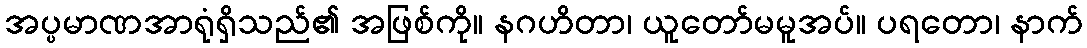
အပ္ပမာဏအာရုံရှိသည်၏ အဖြစ်ကို။ နဂဟိတာ၊ ယူတော်မမူအပ်။ ပရတော၊ နာက်